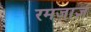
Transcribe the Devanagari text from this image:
रमजाज्ञ